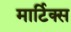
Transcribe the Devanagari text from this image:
मार्टिक्स